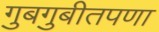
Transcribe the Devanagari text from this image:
गुबगुबीतपणा